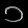
Digit: ၁